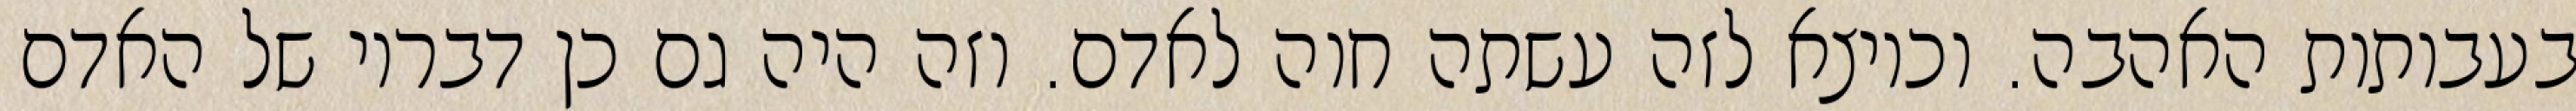
בעבותות האהבה. וכיוצא לזה עשתה חוה לאדם. וזה היה גם כן דבריו של האדם